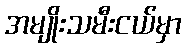
အမျိုးသမီးငယ်မှာ